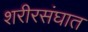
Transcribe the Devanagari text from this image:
शरीरसंघात